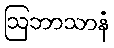
ဩဘာသာနံ